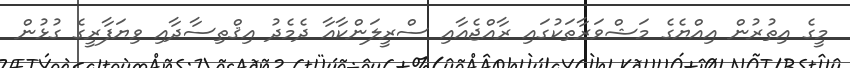
މީގެ އިތުރުން އިއްޔެގެ މަޝްވަރާތަކުގައި ރާއްޖެއާއި ސްރީލަންކާއާ ދެމެދު އިޤްތިސާދާއި ވިޔަފާރީގެ ގުޅުން